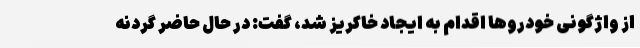
از واژگونی خودروها اقدام به ایجاد خاکریز شد، گفت: در حال حاضر گردنه